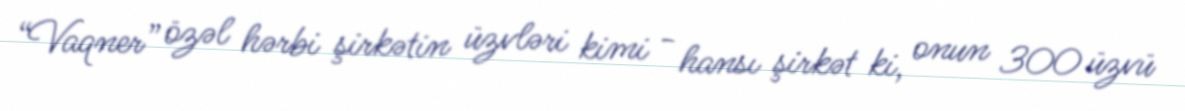
“Vaqner” özəl hərbi şirkətin üzvləri kimi - hansı şirkət ki, onun 300 üzvü